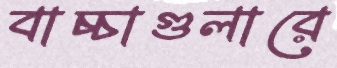
বাচ্চাগুলারে